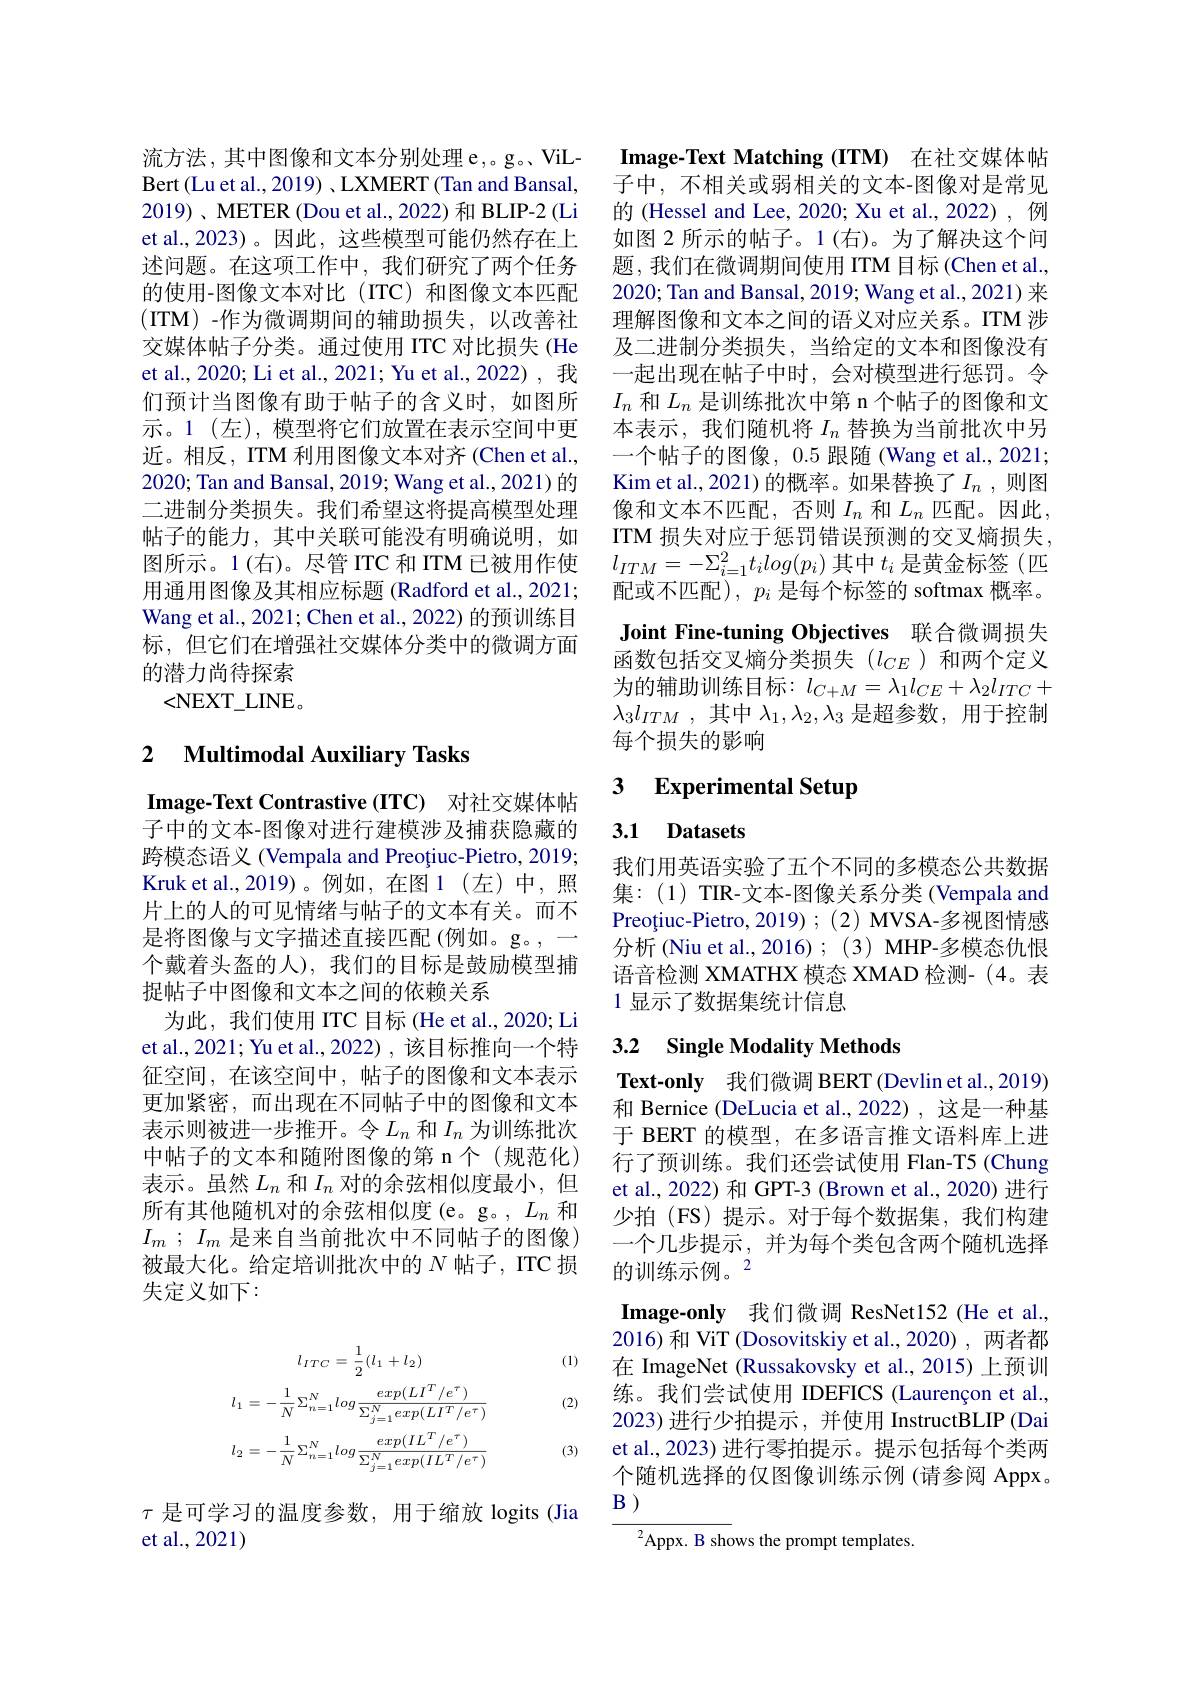
流方法，其中图像和文本分别处理 e,。g。ViLBert (Lu et al., 2019) , LXMERT ( Tan and Bansal, 2019)、METER (Dou et al., 2022) 和 BLIP-2 (Li et al.,2023)。因此，这些模型可能仍然存在上述问题。在这项工作中，我们研究了两个任务的使用-图像文本对比(ITC)和图像文本匹配(ITM)-作为微调期间的辅助损失，以改善社交媒体帖子分类。通过使用 ITC 对比损失 (He et al., 2020; Li et al., 2021; Yu et al., 2022), 我们预计当图像有助于帖子的含义时，如图所示。1(左),模型将它们放置在表示空间中更近。相反，ITM 利用图像文本对齐 (Chen et al., 2020; Tan and Bansal, 2019; Wang et al., 2021) 的二进制分类损失。我们希望这将提高模型处理帖子的能力，其中关联可能没有明确说明，如图所示。1(右)。尽管 ITC 和 ITM 已被用作使用通用图像及其相应标题(Radford et al., 2021; Wang et al., 2021; Chen et al., 2022) 的预训练目标，但它们在增强社交媒体分类中的微调方面的潜力尚待探索
<NEXT\_LINE。

## 2 $\textbf{Multimodal Auxiliary Tasks}$

Image-Text Contrastive (ITC) 对社交媒体帖子中的文本-图像对进行建模涉及捕获隐藏的跨模态语义 (Vempala and Preoțiuc-Pietro, 2019; Kruk et al., 2019)。例如，在图 1(左)中，照片上的人的可见情绪与帖子的文本有关。而不是将图像与文字描述直接匹配(例如。g。,一个戴着头盔的人),我们的目标是鼓励模型捕捉帖子中图像和文本之间的依赖关系
为此，我们使用 ITC 目标 (He et al., 2020; Li et al., 2021; Yu et al., 2022) , 该目标推向一个特征空间，在该空间中，帖子的图像和文本表示更加紧密，而出现在不同帖子中的图像和文本表示则被进一步推开。令$L_n$和$I_n$为训练批次中帖子的文本和随附图像的第 n 个 (规范化) 表示。虽然$L_n$和$I_n$对的余弦相似度最小，但所有其他随机对的余弦相似度(e。g。, $L_n$和$I_m$ ; $I_m$ 是来自当前批次中不同帖子的图像) 被最大化。给定培训批次中的$N$帖子，ITC 损失定义如下：

(1)

(2)
$$l_{ITC}\:=\:\frac{1}{2}(l_{1}\:+\:l_{2})\\l_{1}=-\frac{1}{N}\Sigma_{n=1}^{N}log\frac{exp(LI^{T}/e^{\tau})}{\Sigma_{j=1}^{N}exp(LI^{T}/e^{\tau})}\\l_{2}=-\frac{1}{N}\Sigma_{n=1}^{N}log\frac{exp(IL^{T}/e^{\tau})}{\Sigma_{j=1}^{N}exp(IL^{T}/e^{\tau})}$$
(3)

$\tau$是可学习的温度参数，用于缩放 logits (Jia
et al.,2021)

Image-Text Matching (ITM) 在社交媒体帖子中，不相关或弱相关的文本-图像对是常见的 (Hessel and Lee, 2020; Xu et al., 2022), 例如图 2 所示的帖子。1(右)。为了解决这个问题，我们在微调期间使用 ITM 目标 (Chen et al., 2020; Tan and Bansal, 2019; Wang et al., 2021) 来理解图像和文本之间的语义对应关系。ITM 涉及二进制分类损失，当给定的文本和图像没有一起出现在帖子中时，会对模型进行惩罚。令$I_n$和$L_n$是训练批次中第 n 个帖子的图像和文本表示，我们随机将$I_n$替换为当前批次中另一个帖子的图像，0.5 跟随(Wang et al., 2021; Kim et al., 2021) 的概率。如果替换了 $I_n$ , 则图像和文本不匹配，否则$I_n$和$L_n$匹配。因此， ITM 损失对应于惩罚错误预测的交叉熵损失， $l_{ITM}=-\Sigma_{i=1}^{2}t_{i}log(p_{i})$其中$t_i$是黄金标签(匹配或不匹配), $p_i$是每个标签的 softmax 概率。Joint Fine-tuning Objectives 联合微调损失函数包括交叉熵分类损失($l_CE$)和两个定义为的辅助训练目标：$l_C+M=\lambda_{1}l_{CE}+\lambda_{2}l_{ITC}+$ $\lambda_3l_{ITM}$ ,其中$\lambda_1,\lambda_2,\lambda_3$是超参数，用于控制每个损失的影响

## 3 $\textbf{Experimental Setup}$

## 3.1 Datasets

我们用英语实验了五个不同的多模态公共数据集：(1) TIR-文本-图像关系分类 (Vempala and Preoțiuc-Pietro,2019) ; (2) MVSA-多视图情感分析 (Niu et al., 2016) ; (3) MHP-多模态仇恨语音检测 XMATHX 模态 XMAD 检测-(4。表1 显示了数据集统计信息

## 3.2 Single Modality Methods

$\textbf{Text- only}$ 我们微调 BERT(Devlin et al.,2019) 和 Bernice (DeLucia et al.,2022) , 这是一种基于 BERT 的模型，在多语言推文语料库上进行了预训练。我们还尝试使用 Flan-T5 (Chung et al., 2022) 和 GPT-3 (Brown et al., 2020) 进行少拍(FS)提示。对于每个数据集，我们构建一个几步提示，并为每个类包含两个随机选择的训练示例。2

Image-only 我们微调 ResNet152 (He et al., 2016)和 ViT (Dosovitskiy et al.,2020), 两者都

在 ImageNet (Russakovsky et al.,2015) 上预训练。我们尝试使用 IDEFICS (Laurençon et al., 2023)进行少拍提示，并使用 InstructBLIP (Dai et al., 2023) 进行零拍提示。提示包括每个类两个随机选择的仅图像训练示例 (请参阅 Appx。$B$ )

${{}^{2}\mathrm{Appx.~B~shows~the~prompt~templates.}}$